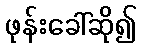
ဖုန်းခေါ်ဆို၍